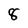
Character: 8